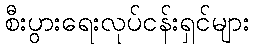
စီးပွားရေးလုပ်ငန်းရှင်များ